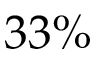
3 3 \%